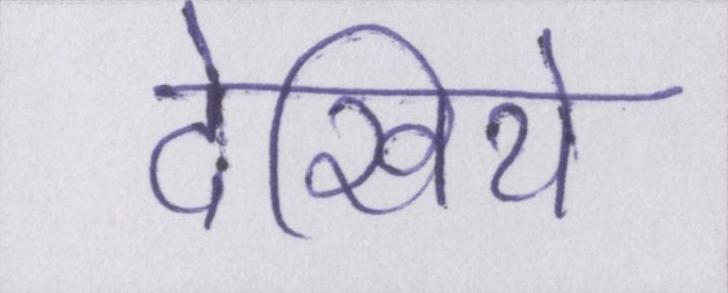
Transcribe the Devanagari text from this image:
देखिये